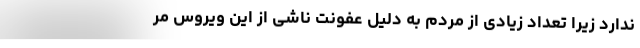
ندارد زیرا تعداد زیادی از مردم به دلیل عفونت ناشی از این ویروس مر